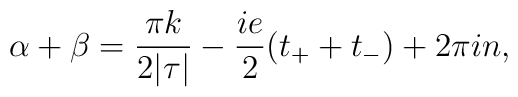
\alpha+\beta=\frac{\pi k }{2|\tau|}-\frac{ie}{2}(t_++t_-)+2\pi in,